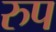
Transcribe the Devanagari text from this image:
रुप